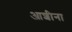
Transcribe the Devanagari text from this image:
आशीना